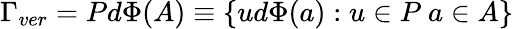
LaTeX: \Gamma_{ver}=Pd\Phi(A)\equiv\{ ud\Phi(a):u\in P\ a\in A\}